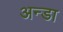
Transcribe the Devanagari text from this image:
अन्डा